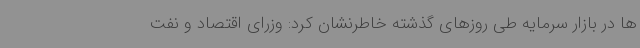
ها در بازار سرمایه طی روزهای گذشته خاطرنشان کرد: وزرای اقتصاد و نفت